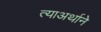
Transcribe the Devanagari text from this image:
त्याअर्थाने